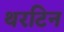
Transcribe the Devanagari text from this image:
थरटिन